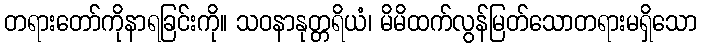
တရားတော်ကိုနာရခြင်းကို။ သဝနာနုတ္တရိယံ၊ မိမိထက်လွန်မြတ်သောတရားမရှိသော